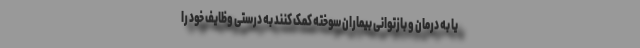
یا به درمان و بازتوانی بیماران سوخته کمک کنند به درستی وظایف خود را